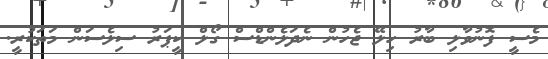
މެސީ ފޮނުވާލި ބާރު ހިލޭ ޖެހުން ނެދަލެންޑްސް ގޯލް ކީޕަރު ސިލެސަން މަތަކުރީ.